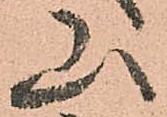
山